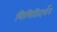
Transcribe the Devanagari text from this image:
त्रिमितिदर्शन